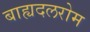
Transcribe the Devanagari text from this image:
बाह्यदलरोम